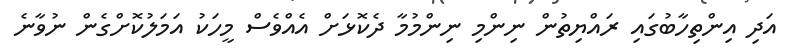
އަދި އިންތިހާބުގައި ރައްޔިތުން ނިންމި ނިންމުމާ ދެކޮޅަށް އެއްވެސް މީހަކު އަމަލުކޮށްގެން ނުވާނެ